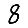
Digit: 8